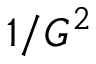
1 / { G } ^ { 2 }